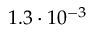
1 . 3 \cdot 1 0 ^ { - 3 }